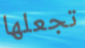
تجعلها